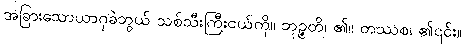
အခြားသောယာဂုခဲဘွယ် သစ်သီးကြီးငယ်ကို။ ဘုဉ္ဇတိ၊ ၏။ တဿစ၊ ၏၎င်း။